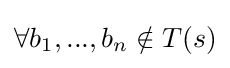
\forall b_{1},...,b_{n}\notin T(s)